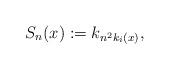
LaTeX: \begin{align*}S_n(x):=k_{n^2k_i(x)},\end{align*}